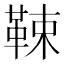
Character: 𩊯